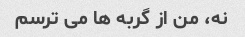
نه، من از گربه ها می ترسم